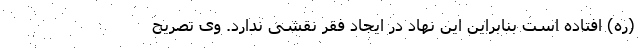
(ره) افتاده است بنابراین این نهاد در ایجاد فقر نقشی ندارد. وی تصریح